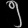
Digit: ၅